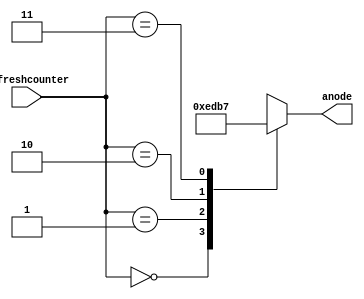
`timescale 1ns / 1ps
//////////////////////////////////////////////////////////////////////////////////
// Company: 
// Engineer: 
// 
// Design Name: 
// Module Name: anodeControl
// Project Name: 
// Target Devices: 
// Tool Versions: 
// Description: 
// 
// Dependencies: 
// 
// Revision:
// Revision 0.01 - File Created
// Additional Comments:
// 
//////////////////////////////////////////////////////////////////////////////////


module anodeControl(
input [1:0] refreshcounter,
output reg [3:0] anode =0
    );
    
    always @(refreshcounter)
    begin 
    case(refreshcounter)
    2'b00:
      anode= 4'b1110;
    2'b01:
      anode= 4'b1101;
    2'b10:
      anode= 4'b1011;
    2'b11:
      anode= 4'b0111;
      
      endcase
      end
     
endmodule